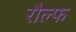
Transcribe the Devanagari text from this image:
रौल्फ